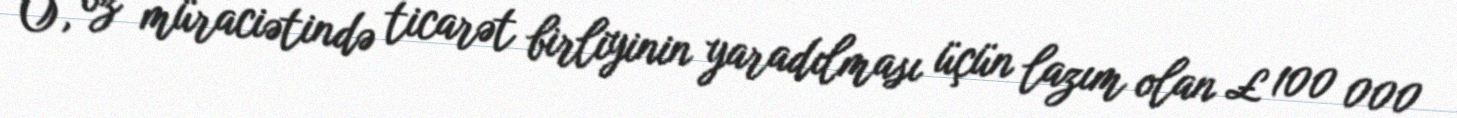
O, öz müraciətində ticarət birliyinin yaradılması üçün lazım olan £ 100 000